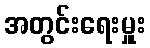
အတွင်းရေးမှူး